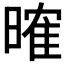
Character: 𣉒